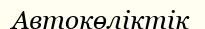
Автокөліктік